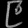
Digit: ၉